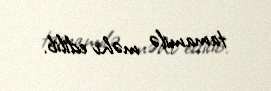
tamamilə məhv edilib.